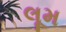
લૂમ